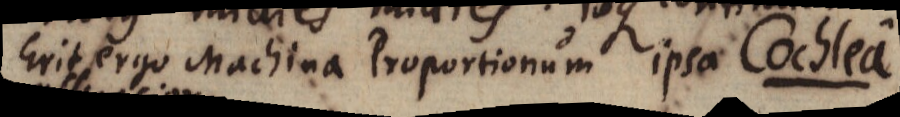
Erit ergo Machina Proportionum ipsa Cochlea